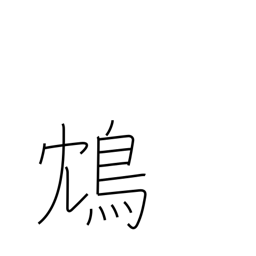
Meaning: a poisonous Chinese bird